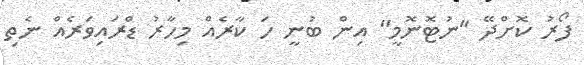
ފޯރު ކޮށްދޭ "ނުޓޮނޮމީ" އިން ބުނީ ހަ ކާރެއް މިހާރު ޑްރައިވަރެއް ނެތި